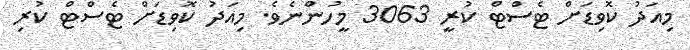
މިއަދު ކޮވިޑަށް ޓެސްޓް ކުރީ 3063 މީހުންނެވެ. މިއަދު ކޮވިޑަށް ޓެސްޓް ކުރި